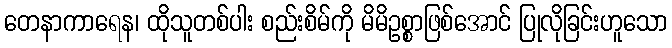
တေနာကာရေန၊ ထိုသူတစ်ပါး စည်းစိမ်ကို မိမိဥစ္စာဖြစ်အောင် ပြုလိုခြင်းဟူသော